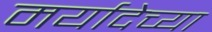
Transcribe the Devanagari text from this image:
मर्यादेच्या